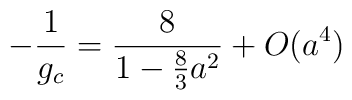
-{1\over g_{c}} = {8\over {1 - {8\over 3}a^{2}}} + O(a^{4})